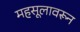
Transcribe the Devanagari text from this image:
महसूलावरून